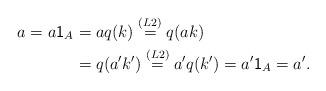
LaTeX: \begin{align*}a=a\textsf{1}_A&=aq(k)\stackrel{(L2)}=q(ak)\\&=q(a'k')\stackrel{(L2)}=a'q(k')=a'\textsf{1}_A=a'.\end{align*}